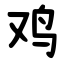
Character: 鸡